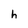
Character: h